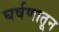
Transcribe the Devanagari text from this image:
घर्षणातून